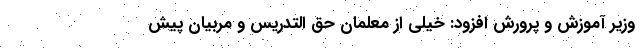
وزیر آموزش و پرورش افزود: خیلی از معلمان حق التدریس و مربیان پیش